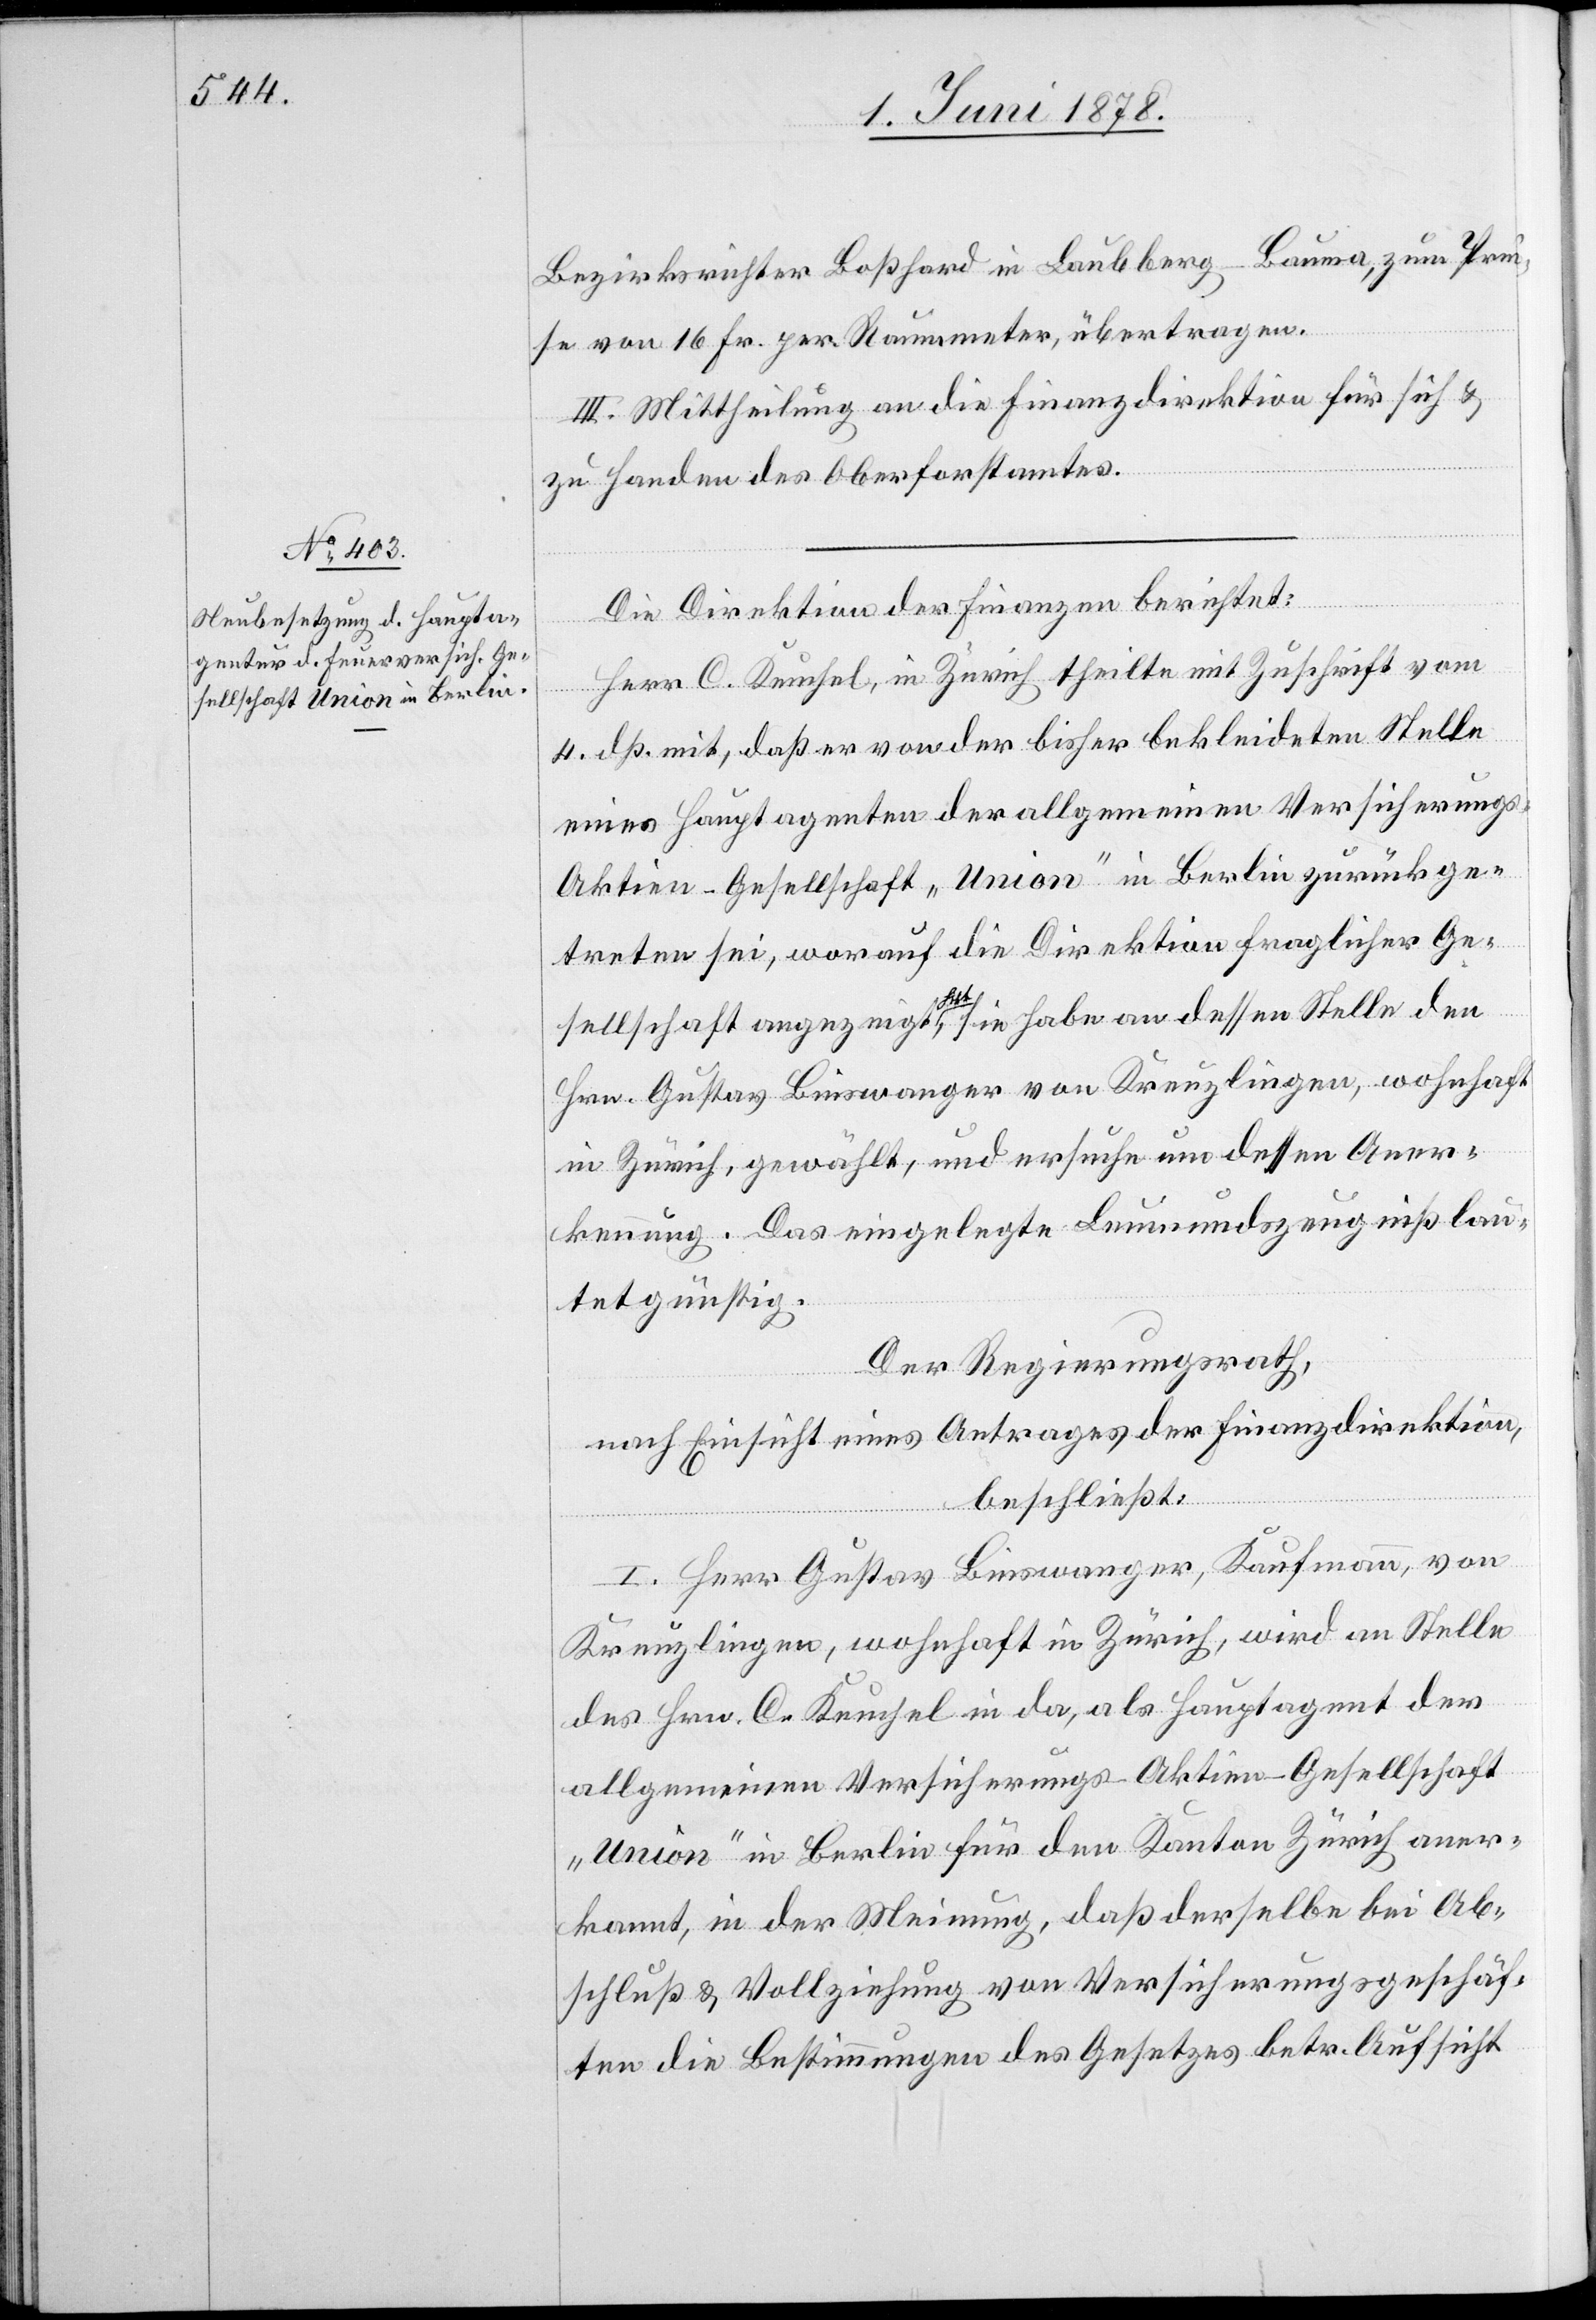
Bezirksrichter Boßhard in Laubberg - Bauma, zum Prei¬
se von 16 Fr. per Raummeter, übertragen.
III. Mittheilung an die Finanzdirektion für sich &
zu Handen des Oberforstamtes.
Die Direktion der Finanzen berichtet:
Herr C. Keuchel, in Zürich theilte mit Zuschrift vom
4. dß. mit, daß er von der bisher bekleideten Stelle
eines Hauptagenten der allgemeinen Versicherung¬
s-Aktien-Gesellschaft „Union“ in Berlin zurück ge¬
treten sei, worauf die Direktion fraglicher Ge¬
sellschaft angezeigt hat, sie habe an dessen Stelle den
Hr. Gustav Binswanger von Kreuzlingen, wohnhaft
in Zürich, gewählt und ersuche um dessen Aner¬
kennung. Das eingelegte Leumundszeugniß lau¬
tet günstig.
Der Regierungsrath,
nach Einsicht eines Antrages der Finanzdirektion,
beschließt:
I. Herr Gustav Binswanger, Kaufmann, von
Kreuzlingen, wohnhaft in Zürich, wird an Stelle
des Hrn. C. Keuchel in da, als Hauptagent der
allgemeinen Versicherungs-Aktien-Gesellschaft
„Union“ in Berlin für den Kanton Zürich aner¬
kannt, in der Meinung, daß derselbe bei Ab¬
schluß & Vollziehung von Versicherungsgeschäf¬
ten die Bestimmungen des Gesetzes betr. Aufsicht